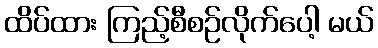
ထိပ်ထား ကြည့်စီစဉ်လိုက်ပေါ့ မယ်